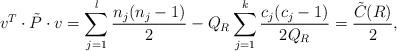
LaTeX: \begin{align*}v^{T} \cdot \tilde{P} \cdot v =\sum_{j =1}^{l} \frac{n_j (n_j -1)}{2} -Q_{R} \sum_{j =1}^{k} \frac{c_j (c_j -1)}{2 Q_{R}}= \frac{\tilde{C} (R) }{2},\end{align*}